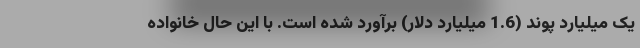
یک میلیارد پوند (1.6 میلیارد دلار) برآورد شده است. با این حال خانواده